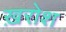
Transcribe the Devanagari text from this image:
ख़रोश